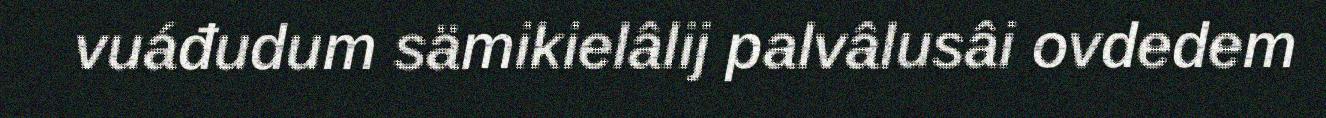
vuáđudum sämikielâlij palvâlusâi ovdedem